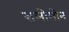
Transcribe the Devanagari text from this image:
सलोमोन